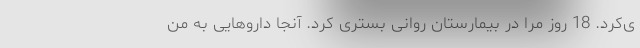
ی‌کرد. 18 روز مرا در بیمارستان روانی بستری کرد. آنجا داروهایی به من